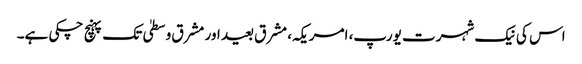
اس کی نیک شہرت یورپ، امریکہ، مشرق بعید اور مشرق وسطیٰ تک پہنچ چکی ہے۔